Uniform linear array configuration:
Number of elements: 16
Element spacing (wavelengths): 1
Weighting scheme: exponential
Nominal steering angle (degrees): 60
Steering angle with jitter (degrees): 61.428
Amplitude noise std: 0.05
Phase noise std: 0.05

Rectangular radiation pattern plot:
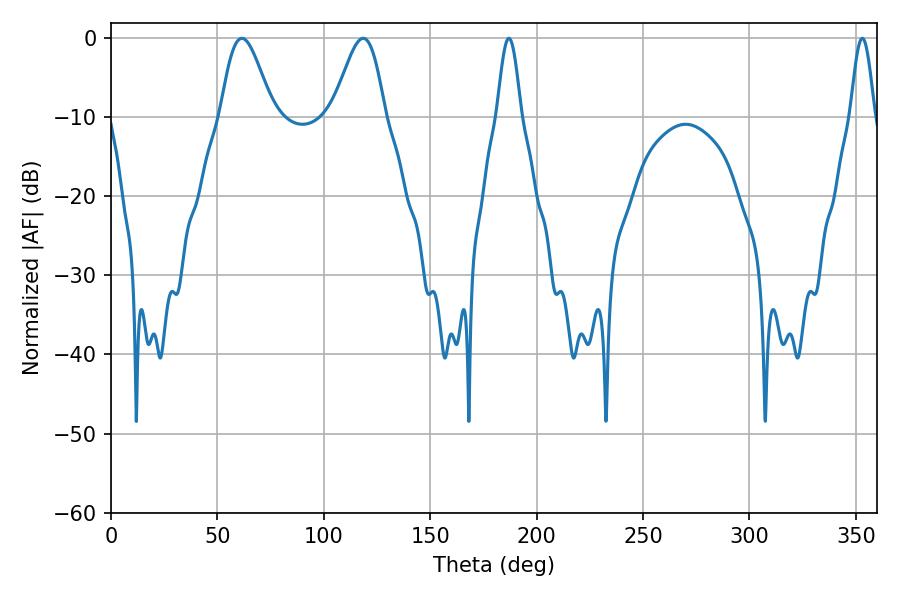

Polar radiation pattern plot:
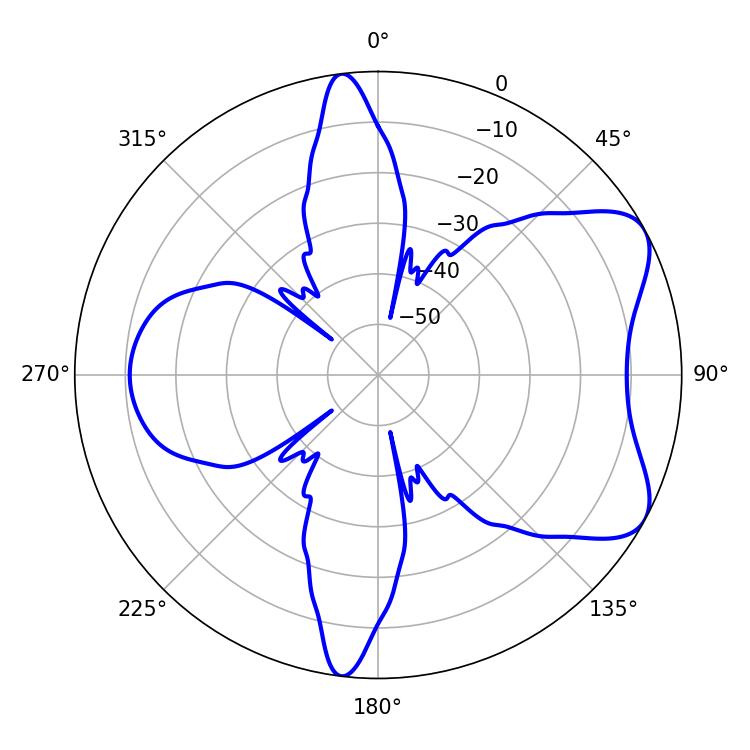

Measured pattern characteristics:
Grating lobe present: TRUE
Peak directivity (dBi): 6.757
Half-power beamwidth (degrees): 12.96
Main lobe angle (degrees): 61.56